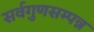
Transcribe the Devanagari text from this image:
सर्वगुणसम्पन्न